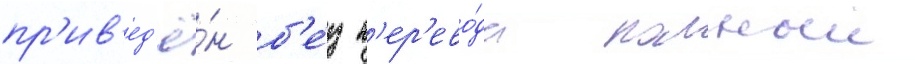
пр'ив'ед'ё́н б'е́з п'ер'ево́да полныи